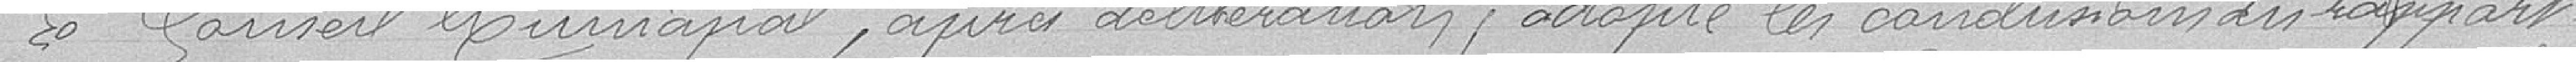
Le Conseil Municipal, après délibération, adopte les conclusions du rapport